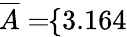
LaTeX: \! \! \! \! \! \! \! \; \; \; \; \overline{{A}}=\! \! \{ 3.164\} \! \! \!